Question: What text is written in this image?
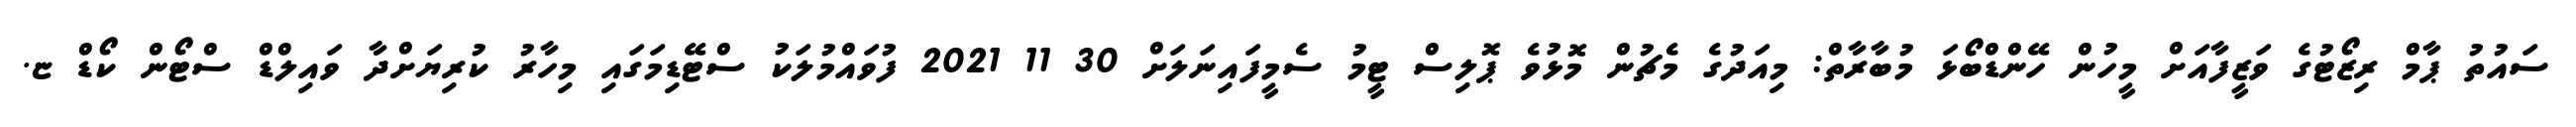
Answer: ސައުތު ޕާމް ރިޒޯޓުގެ ވަޒީފާއަށް މީހުން ހޭންޑްބޯޅަ މުބާރާތް: މިއަދުގެ މެޗުން މޮޅުވެ ޕޮލިސް ޓީމު ސެމީފައިނަލަށް 30 11 2021 ފުވައްމުލަކު ސްޓޭޑިމަގައި މިހާރު ކުރިޔަށްދާ ވައިލްޑް ސްޓޯން ކޯޑް ޏ.